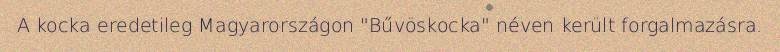
A kocka eredetileg Magyarországon "Bűvöskocka" néven került forgalmazásra.